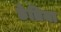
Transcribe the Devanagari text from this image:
छेतिया